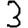
Digit: 3